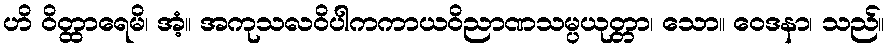
ဟိ ဝိတ္ထာရေမိ၊ အံ့။ အကုသလဝိပါကကာယဝိညာဏသမ္ပယုတ္တာ၊ သော။ ဝေဒနာ၊ သည်။